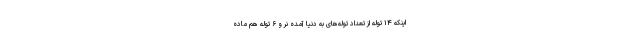
اینکه ۱۴ توله از تعداد توله‌های به دنیا آمده نر و ۶ توله هم ماده